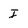
Character: I